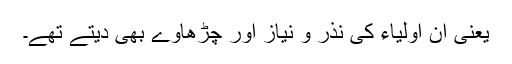
یعنی ان اولیاء کی نذر و نیاز اور چڑھاوے بھی دیتے تھے۔